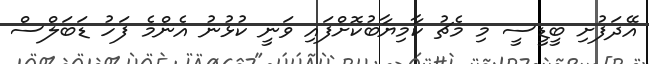
އޭދަފުށި ބީޑީސީ މި މެޗު ކާމިޔާބުކޮށްފައި ވަނީ ކުޅުނު އެންމެ ފަހު ޑަބަލްސް